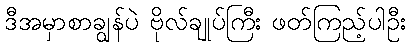
ဒီအမှာစာချွန်ပဲ ဗိုလ်ချုပ်ကြီး ဖတ်ကြည့်ပါဦး